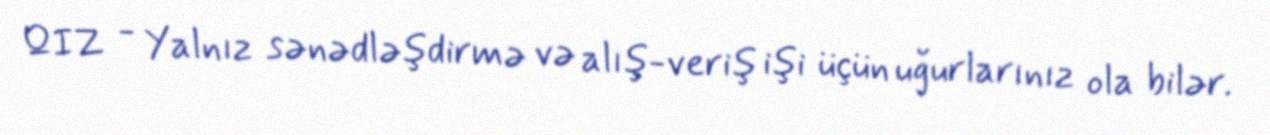
QIZ - Yalnız sənədləşdirmə və alış-veriş işi üçün uğurlarınız ola bilər.